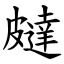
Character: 㿹